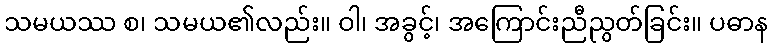
သမယဿ စ၊ သမယ၏လည်း။ ဝါ၊ အခွင့်၊ အကြောင်းညီညွတ်ခြင်း။ ပဓာန